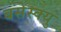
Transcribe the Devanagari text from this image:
बसेस्क्यु